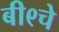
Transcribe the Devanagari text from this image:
बी९चे